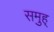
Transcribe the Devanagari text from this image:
समुह्